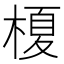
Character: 榎